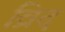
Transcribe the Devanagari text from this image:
व्रिद